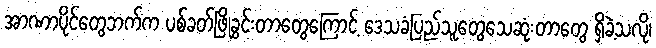
အာဏာပိုင်တွေဘက်က ပစ်ခတ်ဖြိုခွင်းတာတွေကြောင့် ဒေသခံပြည်သူတွေသေဆုံးတာတွေ ရှိခဲ့သလို၊